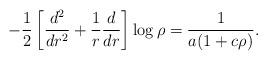
LaTeX: \begin{align*}-\frac12\left[ \frac{d^2}{dr^2}+\frac1r\frac d{dr}\right]\log\rho = \frac1{a(1+c\rho)}. \end{align*}